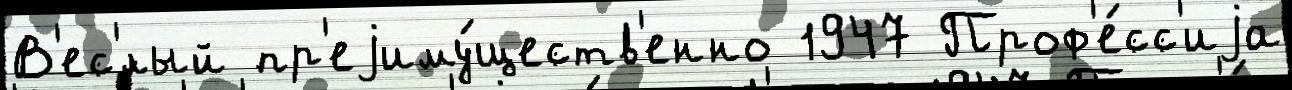
В'ес'́лый пр'еjиму́ществ'енно 1947 Проф'е́сс'иjа